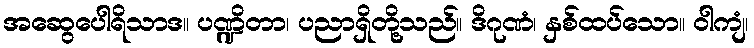
အဆွေပေါရိသာဒ။ ပဏ္ဍိတာ၊ ပညာရှိတို့သည်။ ဒိဂုဏံ၊ နှစ်ထပ်သော။ ဝါကျံ၊